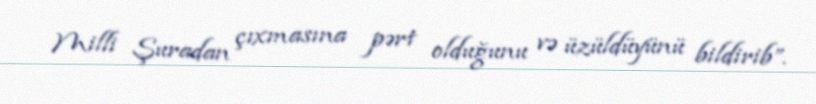
Milli Şuradan çıxmasına pərt olduğunu və üzüldüyünü bildirib”.